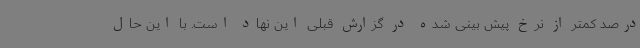
درصد کمتر از نرخ پیش بینی شده در گزارش قبلی این نهاد است. با این حال